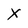
Character: X